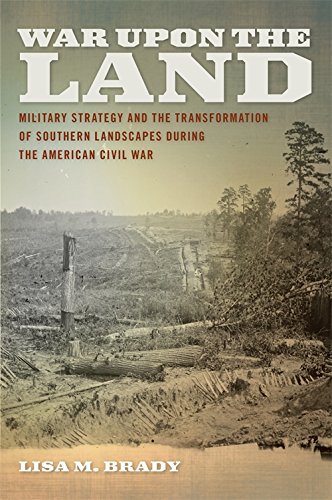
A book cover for War upon the Land: Military Strategy and the Transformation of Southern Landscapes during the American Civil War (Environmental History and the American South); Lisa M. Brady; History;